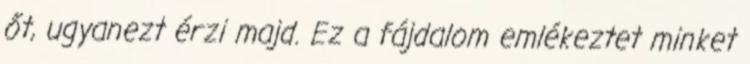
őt, ugyanezt érzi majd. Ez a fájdalom emlékeztet minket